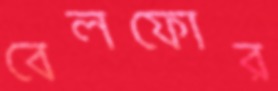
বেলফোর